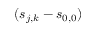
( \boldsymbol { s } _ { j , k } - \boldsymbol { s } _ { 0 , 0 } )